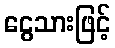
ငွေသားဖြင့်